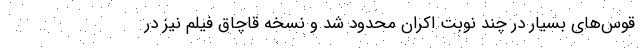
قوس‌های بسیار در چند نوبت اکران محدود شد و نسخه قاچاق فیلم نیز در